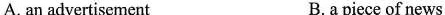
A.an advertisement B.a piece of news